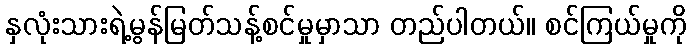
နှလုံးသားရဲ့မွန်မြတ်သန့်စင်မှုမှာသာ တည်ပါတယ်။ စင်ကြယ်မှုကို